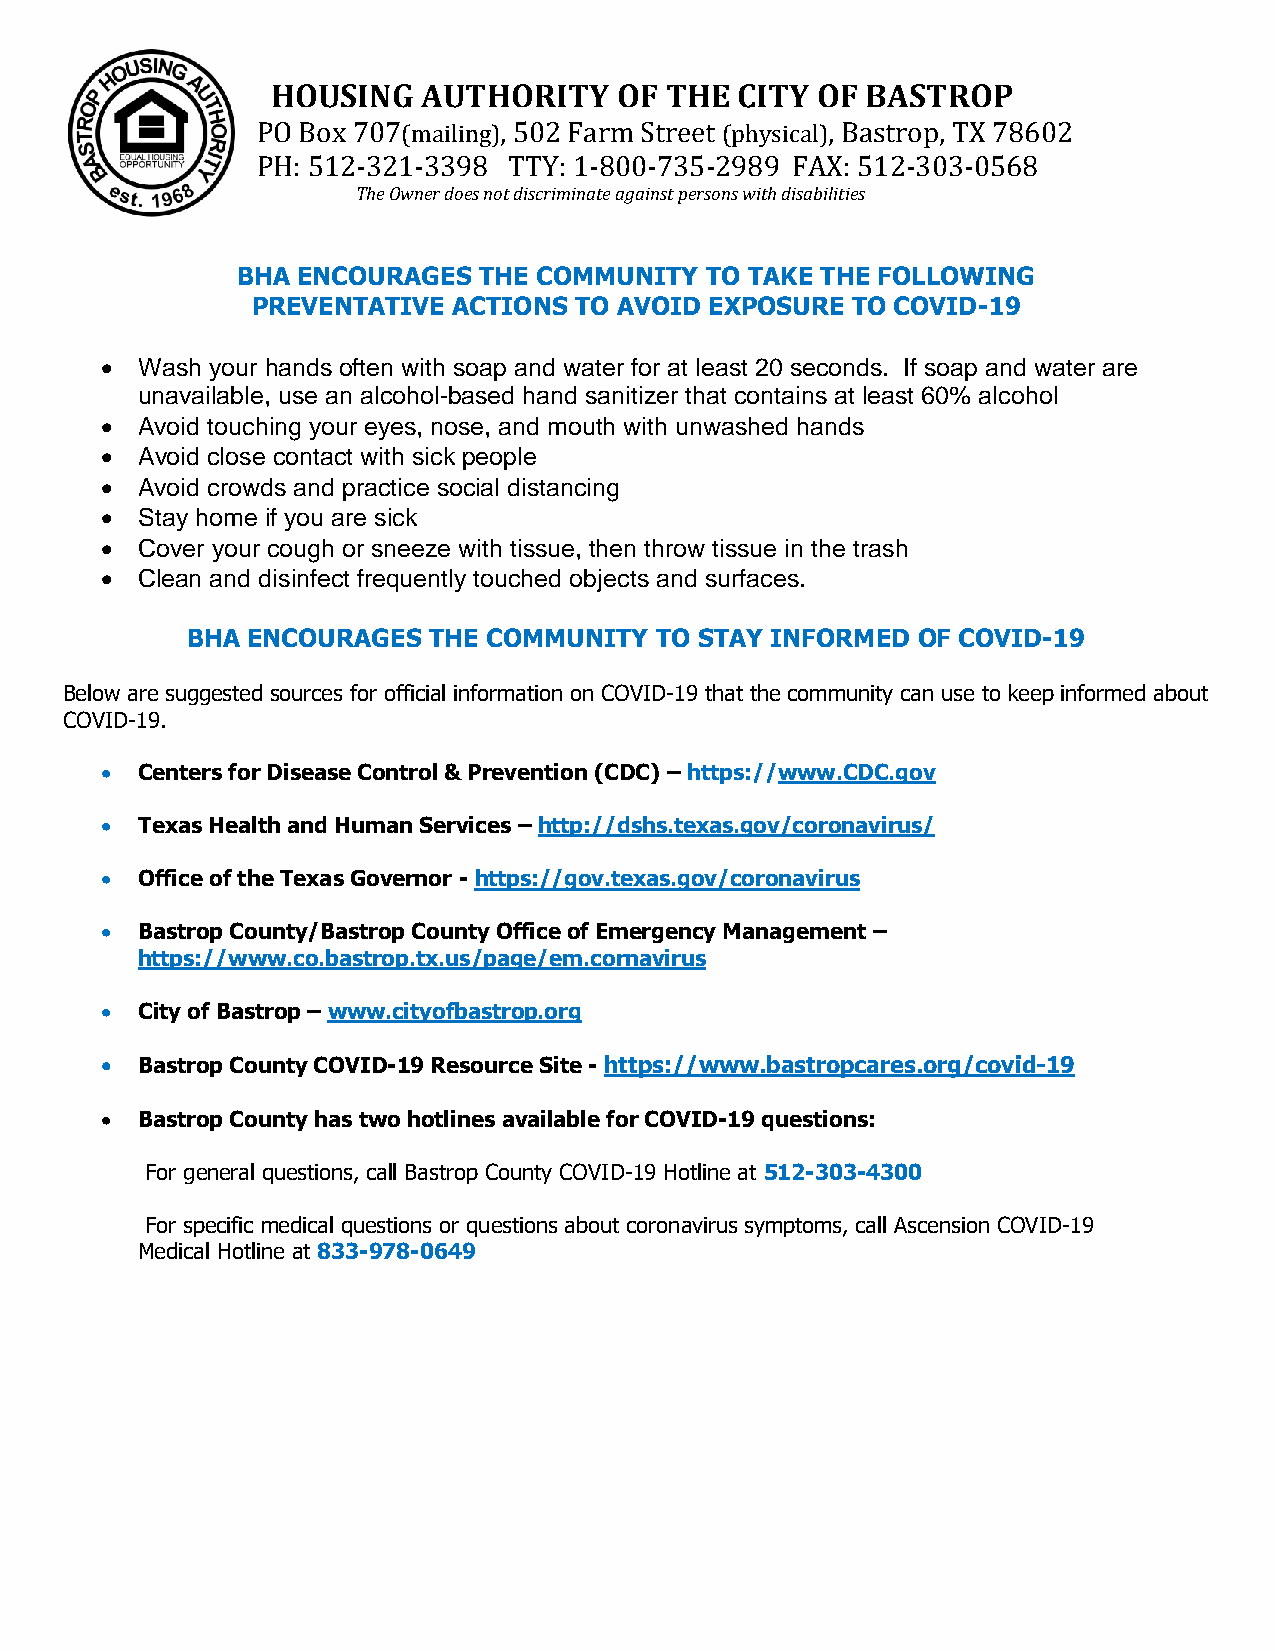
HOUSING   AUTHORITY    OF THE  CITY OF BASTROP
 PO Box 707(mailing), 502 Farm Street (physical), Bastrop, TX 78602
 PH: 512-321-3398 TTY: 1-800-735-2989 FAX: 512-303-0568
 The Owner does not discriminate against persons with disabilities
 BHA ENCOURAGES  THE COMMUNITY  TO TAKE THE FOLLOWING
 PREVENTATIVE ACTIONS TO AVOID EXPOSURE TO COVID-19
 • Wash your hands often with soap and water for at least 20 seconds. If soap and water are
 unavailable, use an alcohol-based hand sanitizer that contains at least 60% alcohol
 • Avoid touching your eyes, nose, and mouth with unwashed hands
 • Avoid close contact with sick people
 • Avoid crowds and practice social distancing
 • Stay home if you are sick
 • Cover your cough or sneeze with tissue, then throw tissue in the trash
 • Clean and disinfect frequently touched objects and surfaces.
 BHA ENCOURAGES  THE COMMUNITY  TO STAY INFORMED  OF COVID-19
 Below are suggested sources for official information on COVID-19 that the community can use to keep informed about
 COVID-19.
 • Centers for Disease Control & Prevention (CDC) – https://www.CDC.gov
 • Texas Health and Human Services – http://dshs.texas.gov/coronavirus/
 • Office of the Texas Governor - https://gov.texas.gov/coronavirus
 • Bastrop County/Bastrop County Office of Emergency Management –
 https://www.co.bastrop.tx.us/page/em.cornavirus
 • City of Bastrop – www.cityofbastrop.org
 • Bastrop County COVID-19 Resource Site - https://www.bastropcares.org/covid-19
 • Bastrop County has two hotlines available for COVID-19 questions:
 For general questions, call Bastrop County COVID-19 Hotline at 512-303-4300
 For specific medical questions or questions about coronavirus symptoms, call Ascension COVID-19
 Medical Hotline at 833-978-0649